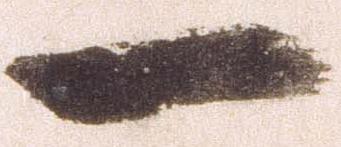
一